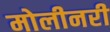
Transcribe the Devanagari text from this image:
मोलीनरी